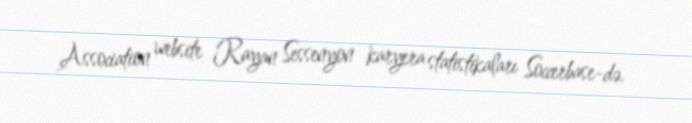
Association website Rayan Sessenyon karyera statistikaları Soccerbase-də.